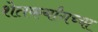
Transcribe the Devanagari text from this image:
शेतकर्यांगच्या